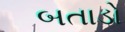
બતાડો